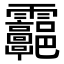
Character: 𩇑